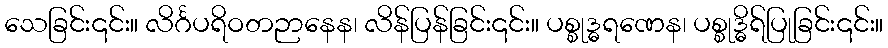
သေခြင်း၎င်း။ လိင်္ဂပရိဝတဉာနေန၊ လိန်ပြန်ခြင်း၎င်း။ ပစ္စုဒ္ဓရဏေန၊ ပစ္စုဒ္ဓိရ်ပြုခြင်း၎င်း။